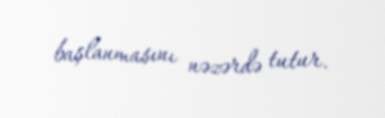
başlanmasını nəzərdə tutur.